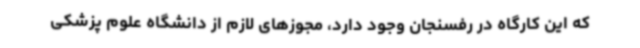
که این کارگاه در رفسنجان وجود دارد، مجوزهای لازم از دانشگاه علوم پزشکی